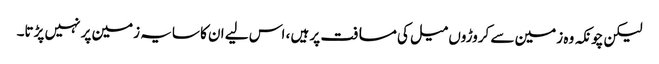
لیکن چونکہ وہ زمین سے کروڑوں میل کی مسافت پر ہیں ، اس لیے ان کا سایہ زمین پر نہیں پڑتا۔